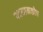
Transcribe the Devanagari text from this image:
पदनामकोष